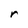
Character: r